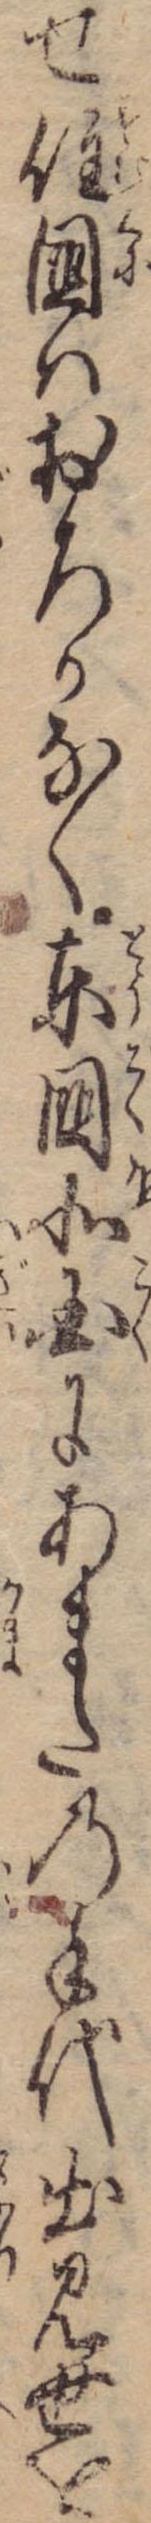
せ住国はおろかなく東国北国にあまたの手代出見世を